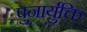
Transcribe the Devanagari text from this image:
पुनार्युक्ति